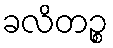
ခလိတဉ္စ